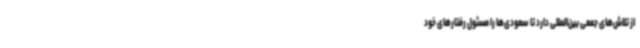
از تلاش‌های جمعی بین‌المللی دارد تا سعودی‌ها را مسئول رفتارهای خود